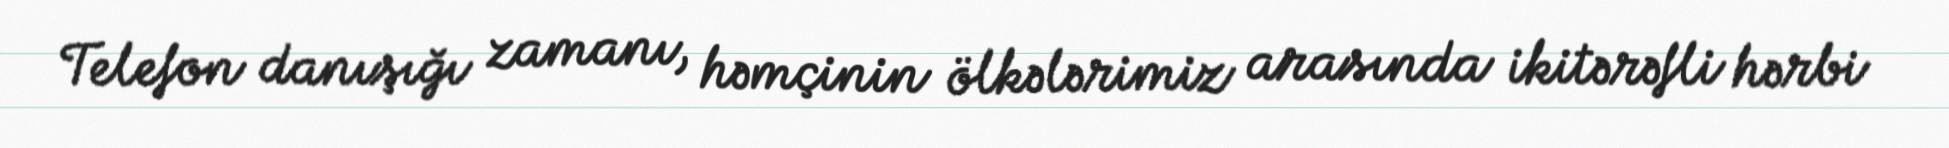
Telefon danışığı zamanı, həmçinin ölkələrimiz arasında ikitərəfli hərbi